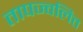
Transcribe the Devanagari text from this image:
तापज्वलित